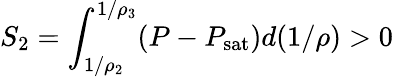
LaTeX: S_{2}=\int_{1/\rho_{2}}^{1/\rho_{3}}(P-P_{\mathrm{sat}})d(1/\rho)>0